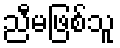
ညီမဖြစ်သူ